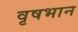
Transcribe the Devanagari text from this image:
वृषभान